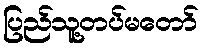
ပြည်သူ့တပ်မတော်